Annual report of the Punjab Veterinary College and of the Civil Veterinary Department, Punjab - 1926-1932
Year: 1926
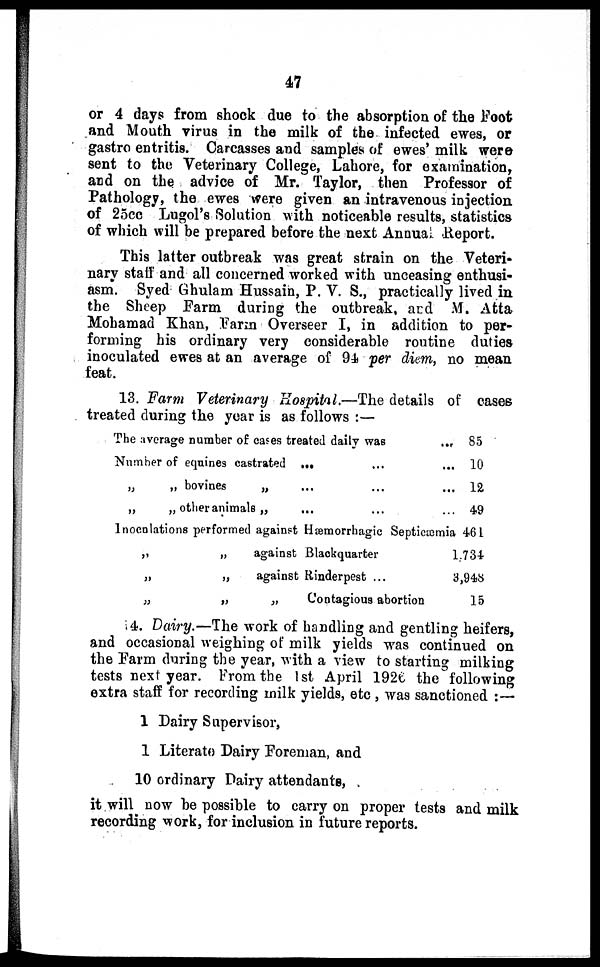
47
or 4 days from shock due to the absorption of the Foot
and Mouth virus in the milk of the infected ewes, or
gastro entritis. Carcasses and samples of ewes' milk were
sent to the Veterinary College, Lahore, for examination,
and on the advice of Mr. Taylor, then Professor of
Pathology, the ewes were given an intravenous injection
of 25cc Lugol's Solution with noticeable results, statistics
of which will be prepared before the next Annual Report.
This latter outbreak was great strain on the Veteri-
nary staff and all concerned worked with unceasing enthusi-
asm. Syed Ghulam Hussain, P. V. S., practically lived in
the Sheep Farm during the outbreak, and M. Atta
Mohamad Khan, Farm Overseer I, in addition to per-
forming his ordinary very considerable routine duties
inoculated ewes at an average of 94 per diem, no mean
feat.
13. Farm Veterinary Hospital.—The details of cases
treated during the year is as follows:—
The average number of cases treated daily was
...
Number of equines castrated ... ... ...
„
„ bovines
„ ... ... ...
„
„ other animals „ ... ... ...
Inoculations performed against Hæmorrhagic Septiæmia
„
„
against Blackquarter
„
„
against Rinderpest ...
„
„
„
Contagious abortion
85
10
12
49
464
1,734
3,948
15
14. Dairy.—The work of handling and gentling heifers,
and occasional weighing of milk yields was continued on
the Farm during the year, with a view to starting milking
tests next year. From the 1st April 1926 the following
extra staff for recording milk yields, etc , was sanctioned:—
1 Dairy Supervisor,
1 Literate Dairy Foreman, and
10 ordinary Dairy attendants,
it will now be possible to carry on proper tests and milk
recording work, for inclusion in future reports.